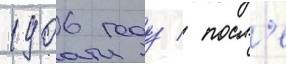
1906 году / посл'е